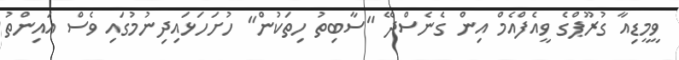
ވީމީޑިއާ ގުރޫޕްގެ ވީއެފްއެމް އިން ގެނެސްދޭ "ސާބިތު ހިތަކުން" ހުށަހަޅައިދިނުމުގައި ވެސް އައިންތު